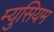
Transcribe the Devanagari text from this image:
म्युसियम